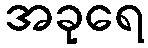
အခုရေ